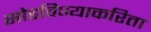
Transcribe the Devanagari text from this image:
सोडविण्याकरिता